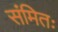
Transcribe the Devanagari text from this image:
संमितः